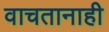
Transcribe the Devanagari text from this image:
वाचतानाही